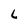
Character: L